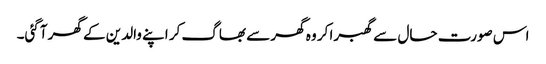
اس صورت حال سے گھبرا کر وہ گھر سے بھاگ کر اپنے والدین کے گھر آگئی۔